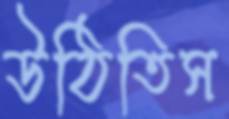
উঠিতিস